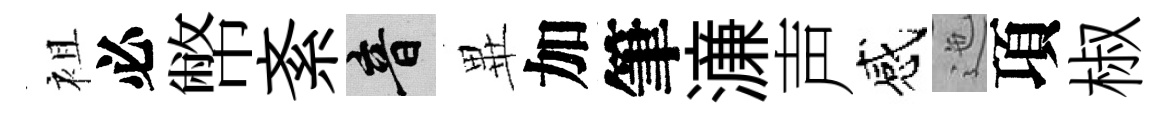
袓必幣紊音𭺾加筆濓声感迤項椒